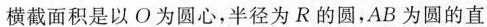
横截面积是以O为圆心，半径为R的圆，AB为圆的直